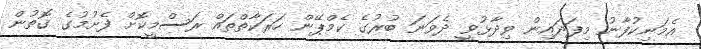
އެމަނިކުފާނު މިފަދައިން ވިދާޅުވީ ދެވަނަ ބުރުގެ ކެމްޕޭން ހަރަކާތްތައް ރަސްމީކޮށް ފެށުމުގެ ގޮތުން